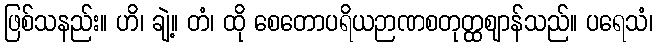
ဖြစ်သနည်း။ ဟိ၊ ချဲ့။ တံ၊ ထို စေတောပရိယဉာဏစတုတ္ထဈာန်သည်။ ပရေသံ၊